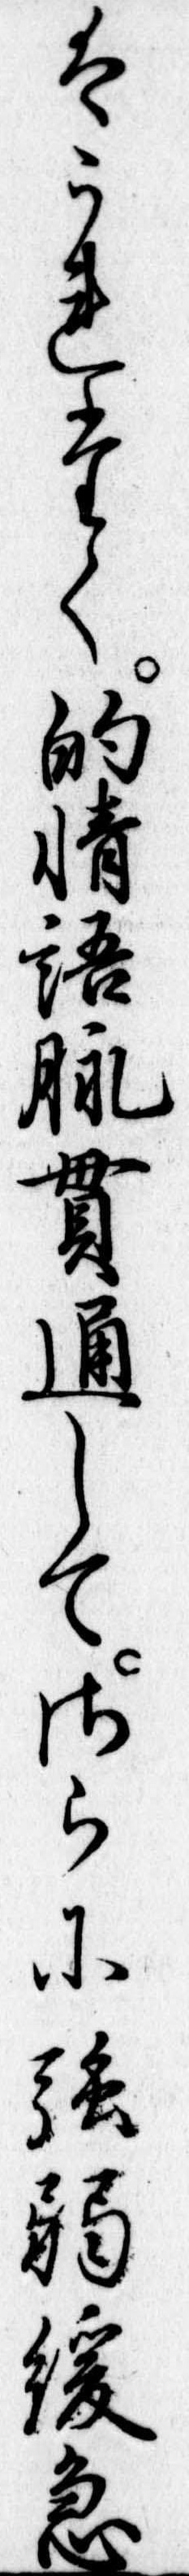
はうれたく的情語脈貫通してさらに強弱緩急